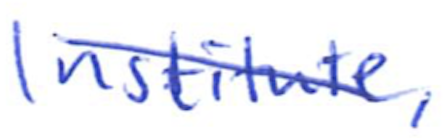
Text: Institute,
Cross-out: diagonal
Writing tool: ballpoint